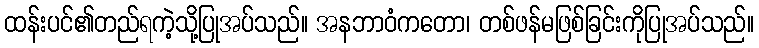
ထန်းပင်၏တည်ရကဲ့သို့ပြုအပ်သည်။ အနဘာဝံကတော၊ တစ်ဖန်မဖြစ်ခြင်းကိုပြုအပ်သည်။